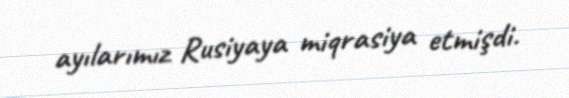
ayılarımız Rusiyaya miqrasiya etmişdi.